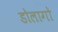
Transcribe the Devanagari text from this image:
डोलागो